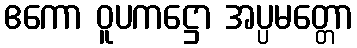
ဧကော ဝူပကဋ္ဌော အပ္ပမတ္တော